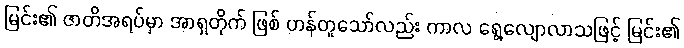
မြင်း၏ ဇာတိအရပ်မှာ အာရှတိုက် ဖြစ် ဟန်တူသော်လည်း ကာလ ရွေ့လျောလာသဖြင့် မြင်း၏